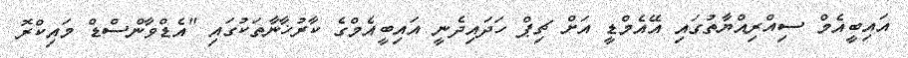
އައިބީއެމް ސިއްރިއްޔާތުގައި އޭއެމްޑީ އަށް ޗިޕް ހަދައިދެނީ އައިބީއެމްގެ ކާރުޚާނާތަކުގައި "އެޑްވާންސްޑް މައިކްރޮ